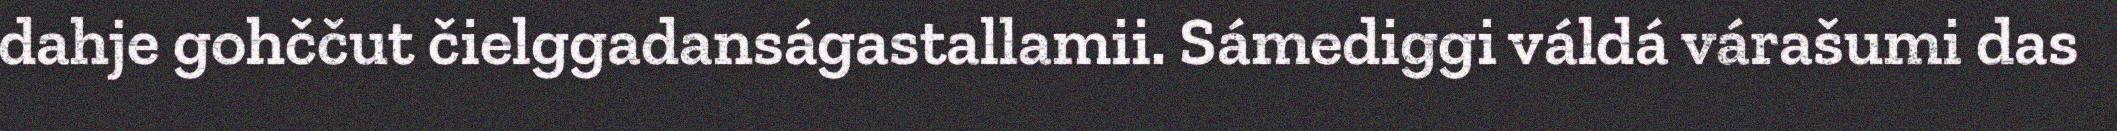
dahje gohččut čielggadanságastallamii. Sámediggi váldá várašumi das